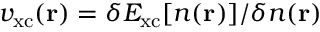
v _ { \mathrm { x c } } ( \mathbf { r } ) = \delta E _ { \mathrm { x c } } [ n ( \mathbf { r } ) ] / \delta n ( \mathbf { r } )